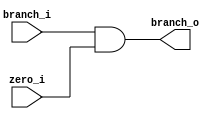
/***************************************************
Student Name:  Ia
Student ID: 0816137 0716241
***************************************************/

`timescale 1ns/1ps

module Ander(
    	input branch_i,
	input zero_i,
	output branch_o
	);
    
/* Write your code HERE */
assign branch_o = branch_i&zero_i;

endmodule